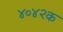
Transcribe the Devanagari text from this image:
४०४२क